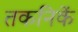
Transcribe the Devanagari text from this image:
तकनिकें